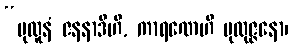
“ပုထူနံ ဇနနာဒီဟိ, ကာရဏေဟိ ပုထုဇ္ဇနော၊